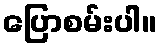
ပြောစမ်းပါ။